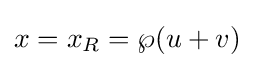
x=x_{R}=\wp (u+v)